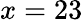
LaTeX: x=23